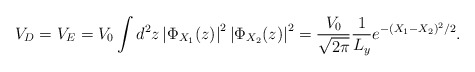
\begin{align*}V_D = V_E = V_0 \int d^2 z \left| \Phi_{X_1} (z )\right|^2 \left|\Phi_{X_2} (z)\right|^2 = {V_0 \over \sqrt{2 \pi}} {1 \over L_y}e^{-(X_1-X_2)^2 / 2 } .\end{align*}